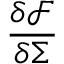
\frac { \delta \mathcal { F } } { \delta \Sigma }